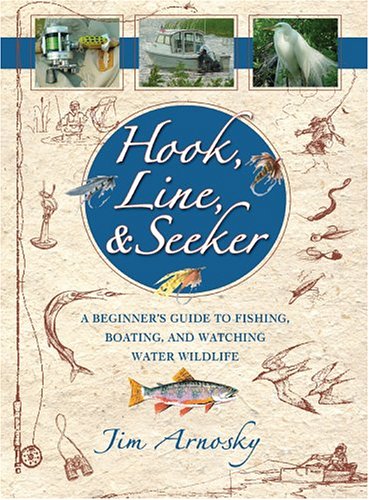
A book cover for Hook, Line, And Seeker: A Beginner's Guide To Fishing, Boating, and Watching Water Wildlife; Jim Arnosky; Children's Books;